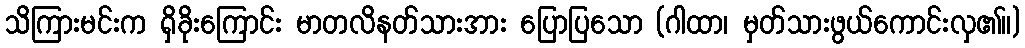
သိကြားမင်းက ရှိခိုးကြောင်း မာတလိနတ်သားအား ပြောပြသော (ဂါထာ၊ မှတ်သားဖွယ်ကောင်းလှ၏။)